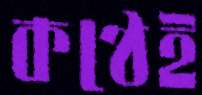
কণ্ঠেই